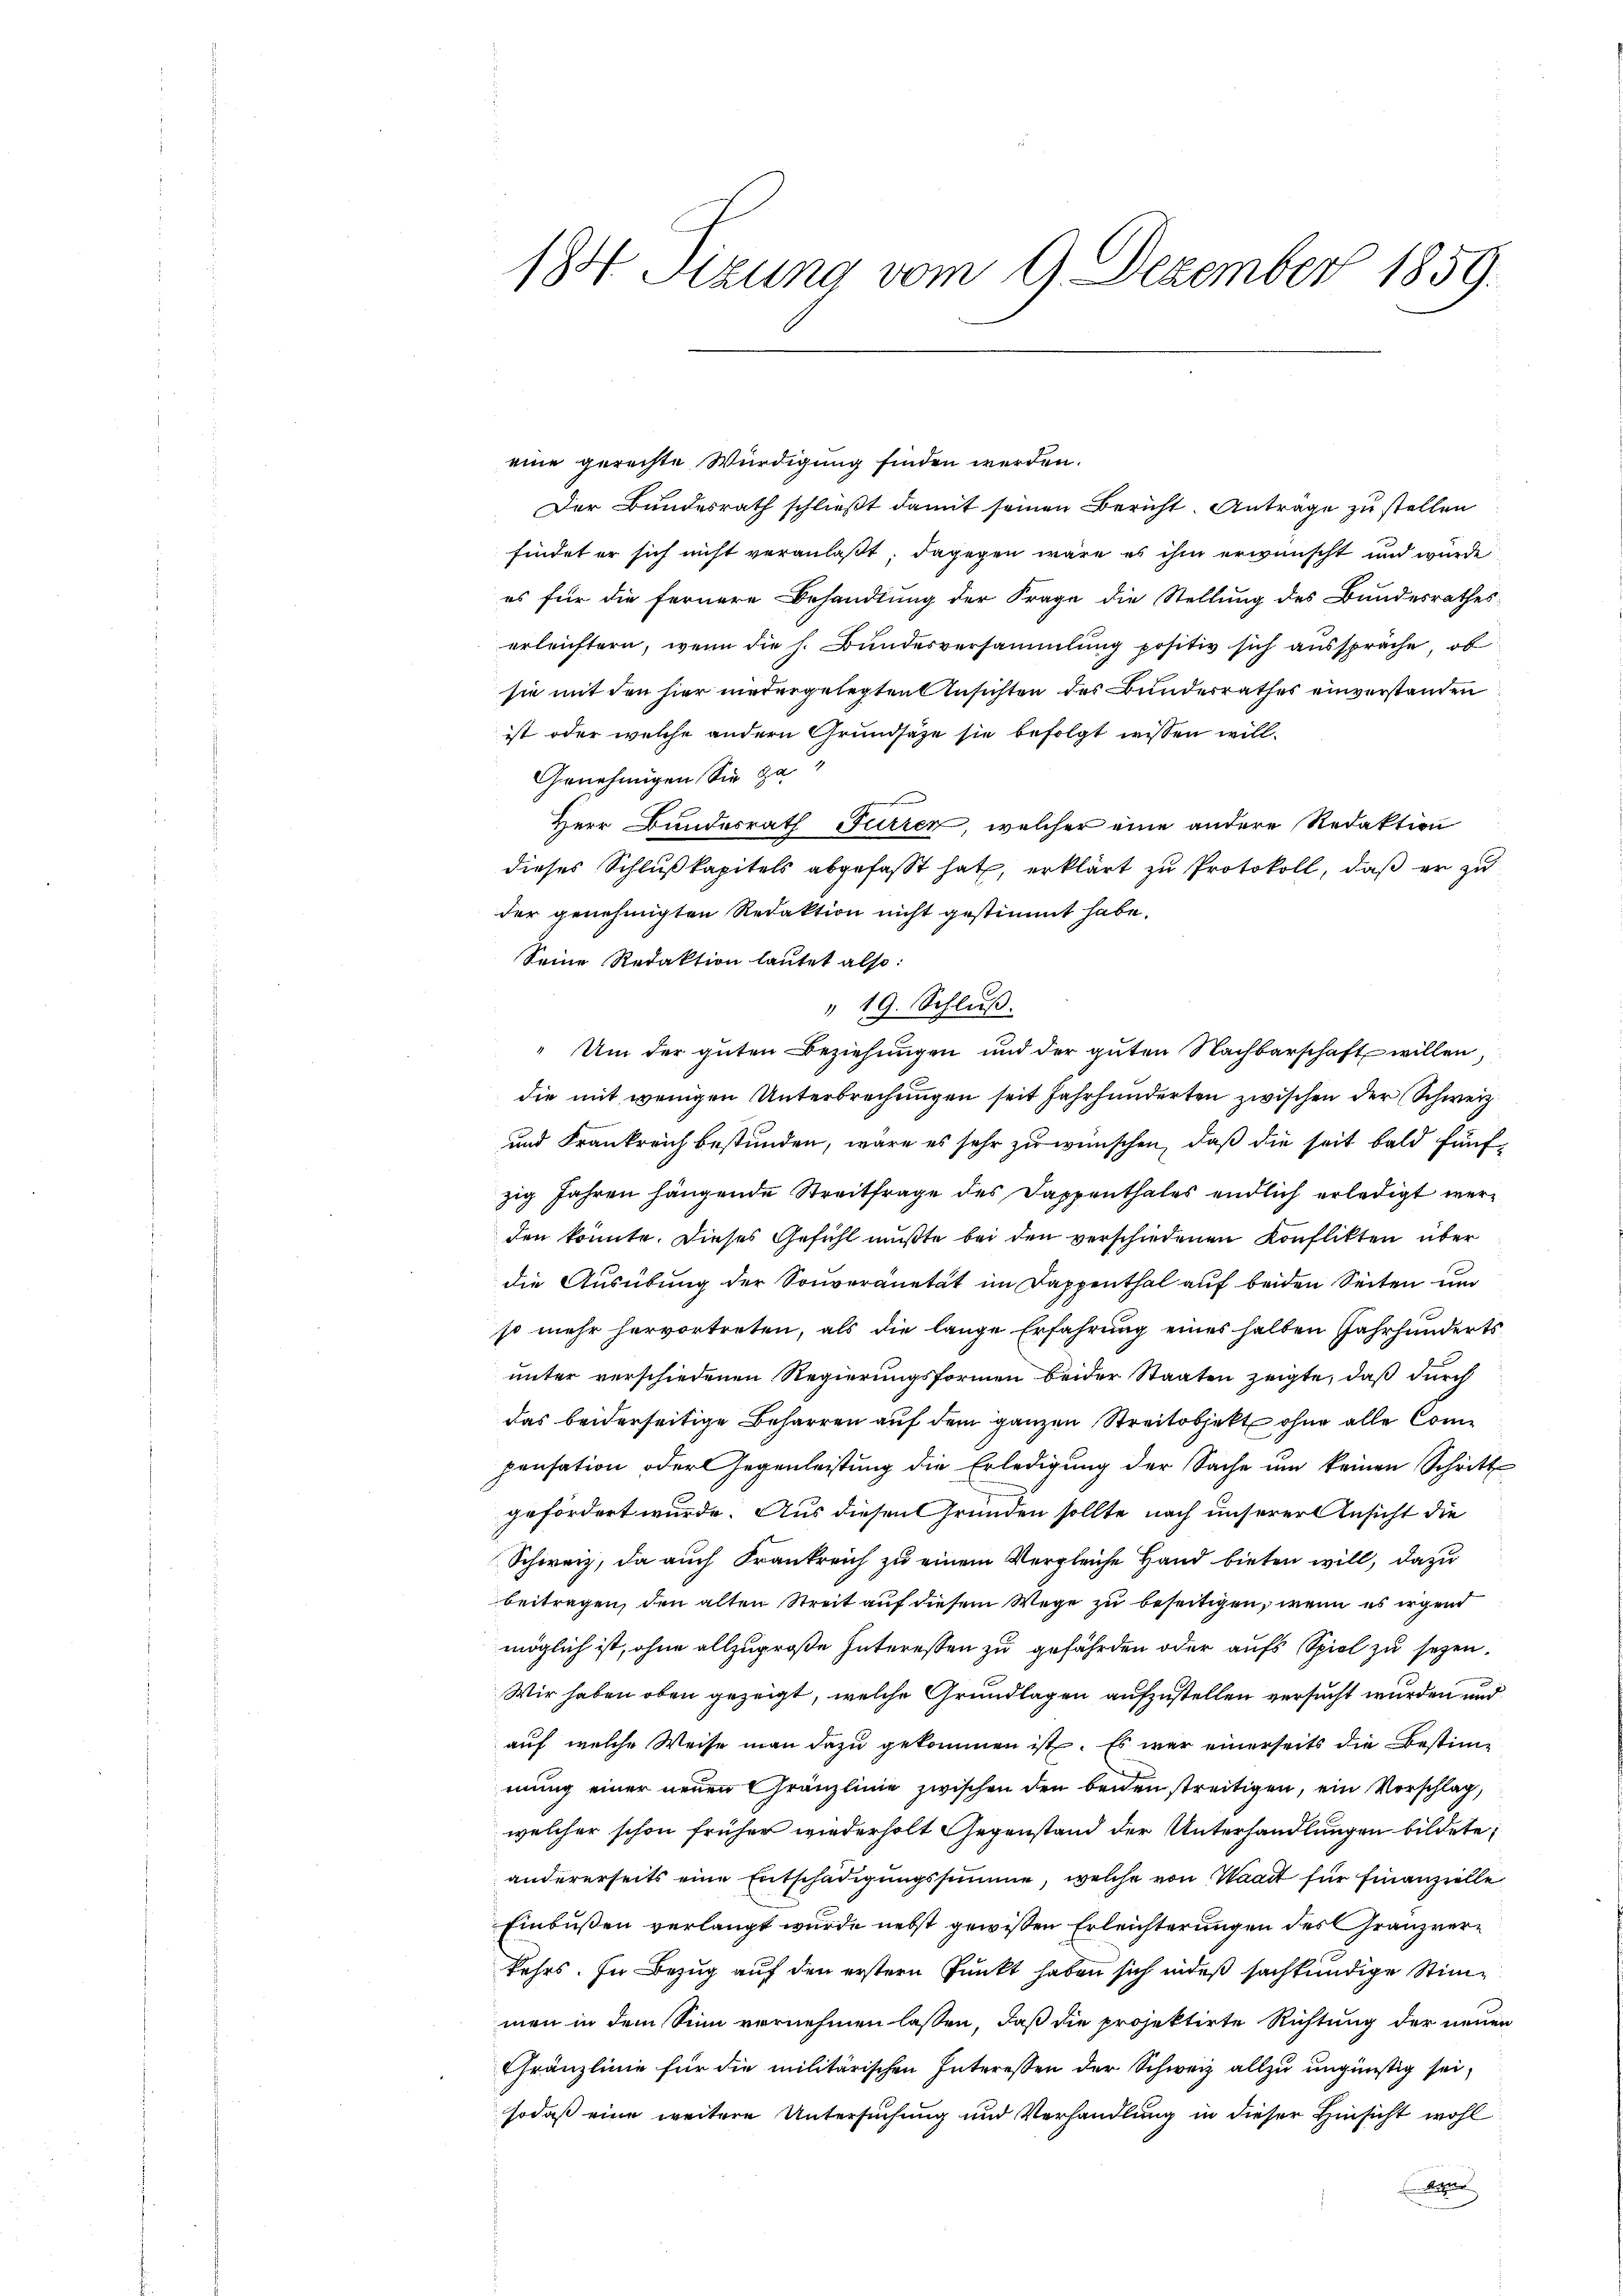
184 Sizung vom 9. Dezember 1859.

eine gerechte Würdigung finden werden.
Der Bundesrath schließt damit seinen Bericht. Anträge zu stellen
findet er sich nicht veranlaßt; dagegen wäre es ihm erwünscht und wurde
es für die fernere Behandlung der Frage die Stellung des Bundesrathes:
erleichtern, wenn die h. Bŭndesversammlung positiv sich aussprache, ob
sie mit den hier niedergelegten Ansichten des Bunderrathes einverstanden
ist oder welche andern Grundsaze sie befolgt wissen will¬
Genehmigen Sie ga
Herr Bundesrath Furren, welcher eine andere Redaktion
dieses Schlußkapitels abgefasst hat, erklärt zu Protokoll, daß er zu
der genehmigten Redaktion nicht gestimmt habe.
Seine Redaktion lautet also:
" 19. Schluß.
„Um der guten Beziehungen und der guten Nachbarschaft willen
die mit wenigen Unterbrechungen seit Jahrhunderten zwischen der Schweiz
und Frankreich bestunden, wäre es sehr zu wünschen, daß die seit bald fünfzig Jahren hängende Streitfrage des Dappenthales endlich erledigt werden könnte. Dieses Gefühl mußte bei den verschiedenen Konflikten über
die Ausübung der Souveränetät im Dappenthal auf beiden Seiten und
so mehr hervortreten, als die lange Erfahrung eines halben Jahrhunderts
unter verschiedenen Regierungsformen beider Staaten zeigte, daß durch
das beiderseitige Beharren auf dem ganzen Streitobjekt ohne alle Componsation oder Gegenleistung die Erledigung der Sache um keinen Schritt
gefordert wurde. Aus diesen Gründen sollte nach unserer Ansicht die
Schweiz, da auch Frankreich zu einem Vergleiche Hand bieten will, dazu
beitragen, den alten Streit auf diesem Wege zu beseitigen, wenn es irgend
möglich ist, ohne allzugroße Interessen zu gefährden oder aufs Spiel zu seyen.
Wir haben oben gezeigt, welche Grundlagen aufzustellen versucht wurden und
auf welche Weise man dazu gekommen ist. Es war einerseits die Bestimmung einer neuen Gränzlinie zwischen den beiden streitigen, ein Vorschlag,
welcher schon früher wiederholt Gegenstand der Unterhandlungen bildete,
andererseits eine Entschädigungssumme, welche von Waadt für Finanzielle
Einbußen verlangt wurde nebst gewißen Erleichterungen des Franzverkehrs. In Bezug auf den erstern Punkt haben sich indeß sachkundige Stimmen in dem Sinn vernehmen lassen, daß die projektirte Richtung der neuen
Cränzlinie für die militärischen Interessen der Schweiz allzu ungünstig sei,
sodaß eine weitere Untersuchung und Verhandlung in dieser Hinsicht wohl
Aigne